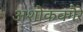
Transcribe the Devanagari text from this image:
अशोकवगैरे